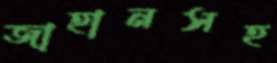
জাহানসহ